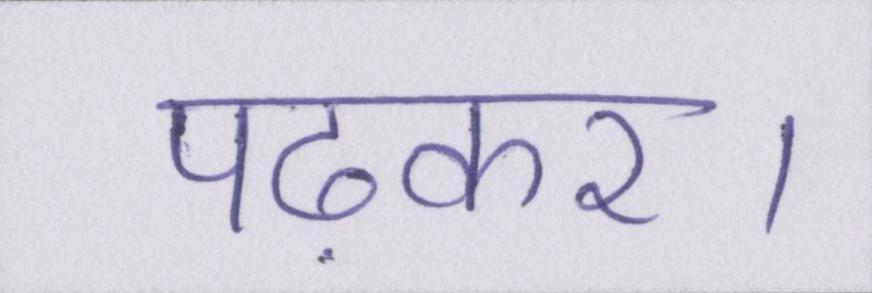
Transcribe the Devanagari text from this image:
पढ़कर।